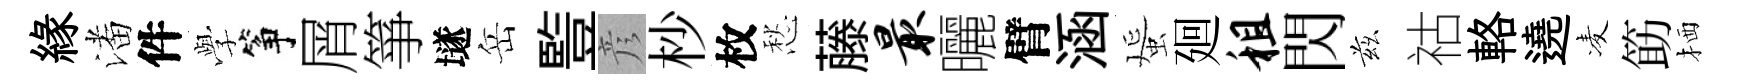
緣潘件𫝯筝屑箏𡑞岳䜿彦杪枚愁藤最曬臂涵蜑廻租閃兹祜輅遶凌筯栖